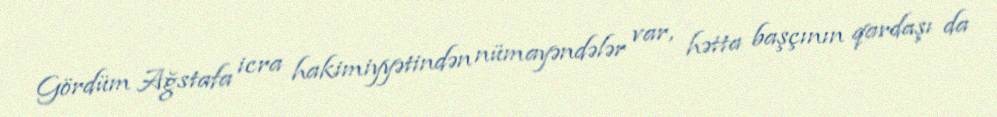
Gördüm Ağstafa icra hakimiyyətindən nümayəndələr var, hətta başçının qardaşı da